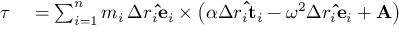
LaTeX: \begin{array} { r l } { { \boldsymbol { \tau } } } & { { } = \sum _ { i = 1 } ^ { n } m _ { i } \, \Delta r _ { i } \mathbf { \hat { e } } _ { i } \times \left( \alpha \Delta r _ { i } \mathbf { \hat { t } } _ { i } - \omega ^ { 2 } \Delta r _ { i } \mathbf { \hat { e } } _ { i } + \mathbf { A } \right) } \end{array}